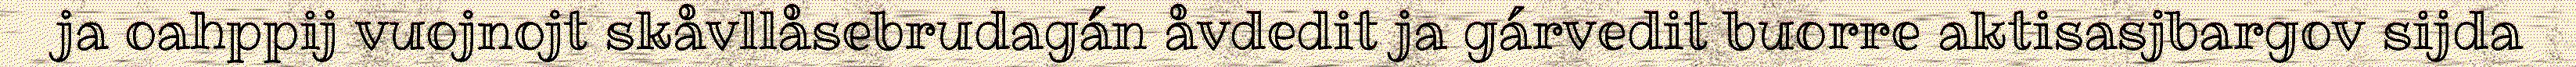
ja oahppij vuojnojt skåvllåsebrudagán åvdedit ja gárvedit buorre aktisasjbargov sijda